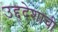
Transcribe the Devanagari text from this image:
उद्द्देशाची